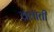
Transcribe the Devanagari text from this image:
व्रताती